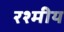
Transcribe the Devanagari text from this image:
रश्मीय